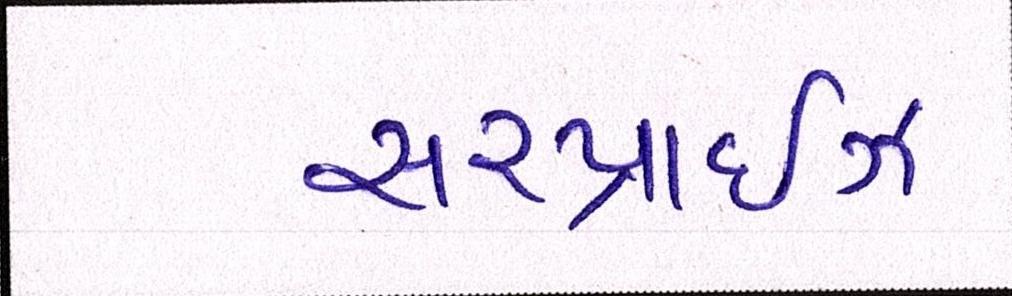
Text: સરપ્રાઇઝ